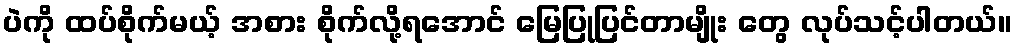
ပဲကို ထပ်စိုက်မယ့် အစား စိုက်လို့ရအောင် မြေပြုပြင်တာမျိုး တွေ လုပ်သင့်ပါတယ်။